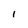
Character: I